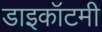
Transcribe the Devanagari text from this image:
डाइकॉटमी